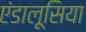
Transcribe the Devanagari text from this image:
एंडालूसिया